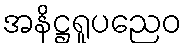
အနိဋ္ဌရူပညေဝ